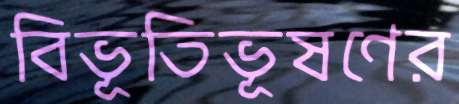
বিভূতিভূষণের